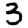
Digit: 3